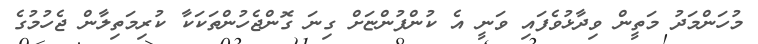
މުހަންމަދު މަތީން ވިދާޅުވެފައި ވަނީ އެ ކުންފުންޏަށް ގިނަ ގޮންޖެހުންތަކަކާ ކުރިމަތިލާން ޖެހުމުގެ